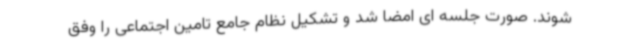
شوند. صورت جلسه ای امضا شد و تشکیل نظام جامع تامین اجتماعی را وفق